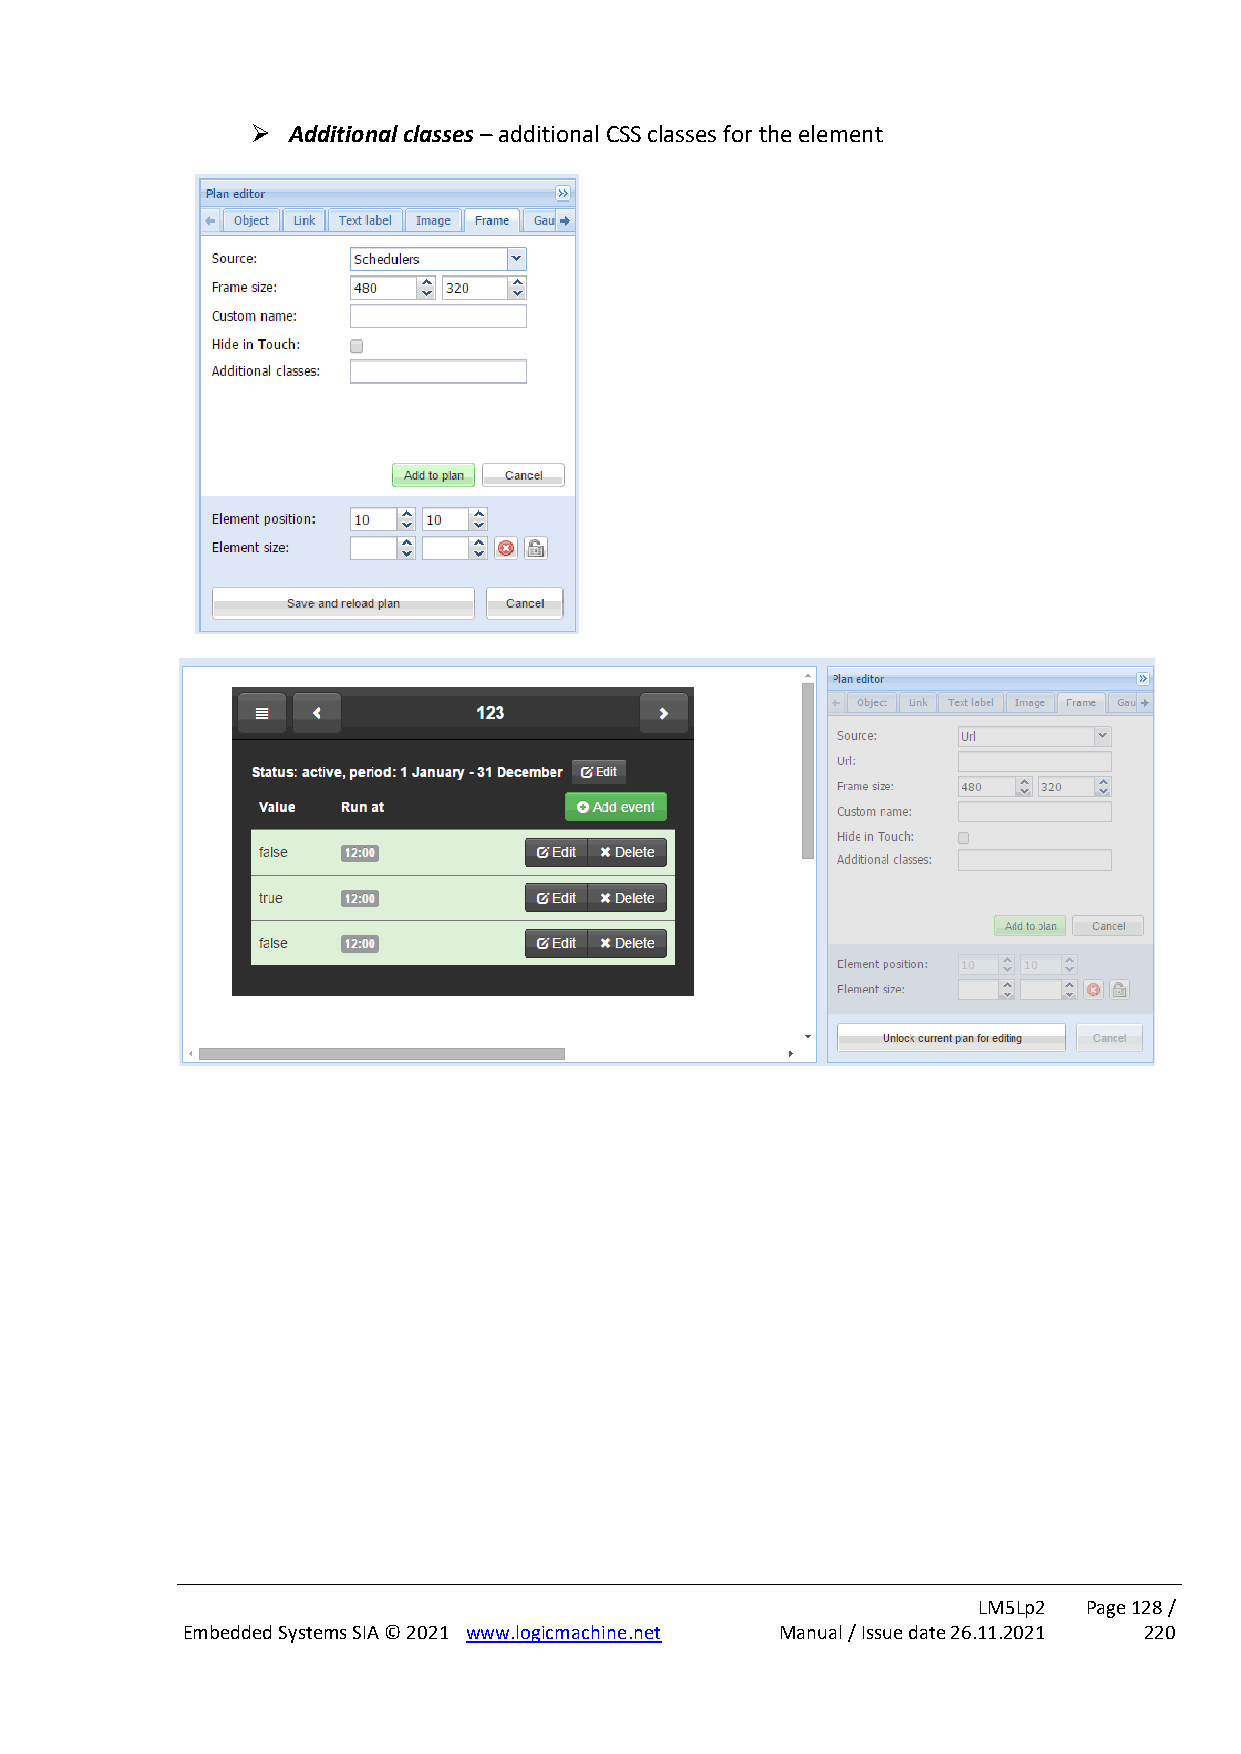
➢ Additional classes – additional CSS classes for the element
 LM5Lp2 Page 128 /
 Embedded Systems SIA © 2021 www.logicmachine.net Manual / Issue date 26.11.2021 220